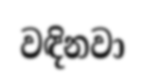
වඳිනවා